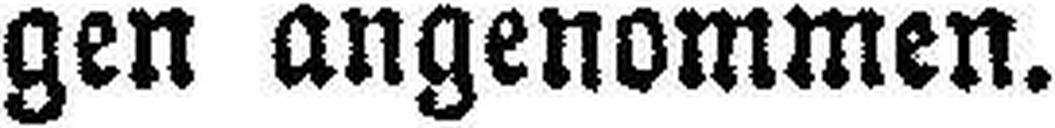
gen angenommen.